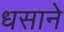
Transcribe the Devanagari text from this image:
धसाने